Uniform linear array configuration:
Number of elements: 32
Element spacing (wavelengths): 0.25
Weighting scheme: kaiser
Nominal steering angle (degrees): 45
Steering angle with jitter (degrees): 43.415
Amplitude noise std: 0.05
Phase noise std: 0.05

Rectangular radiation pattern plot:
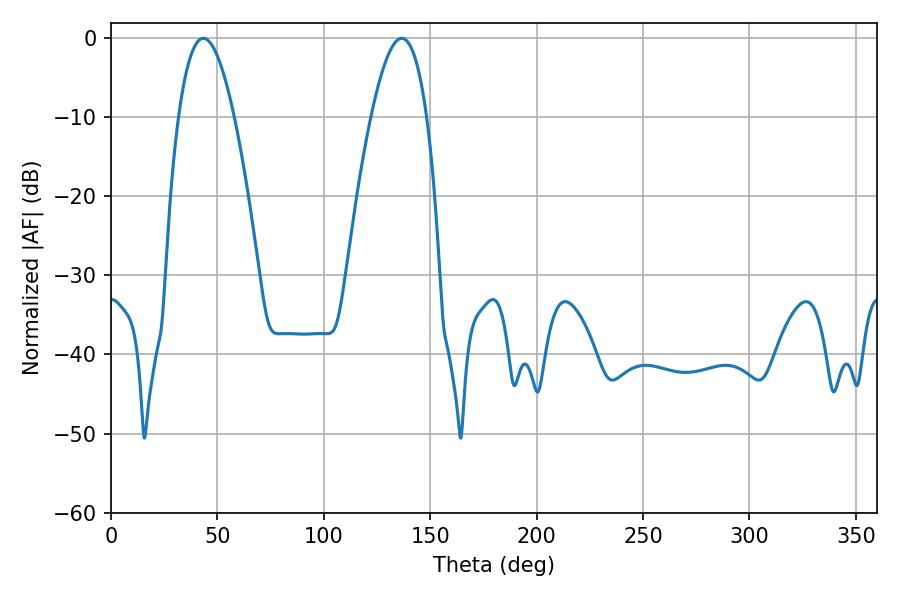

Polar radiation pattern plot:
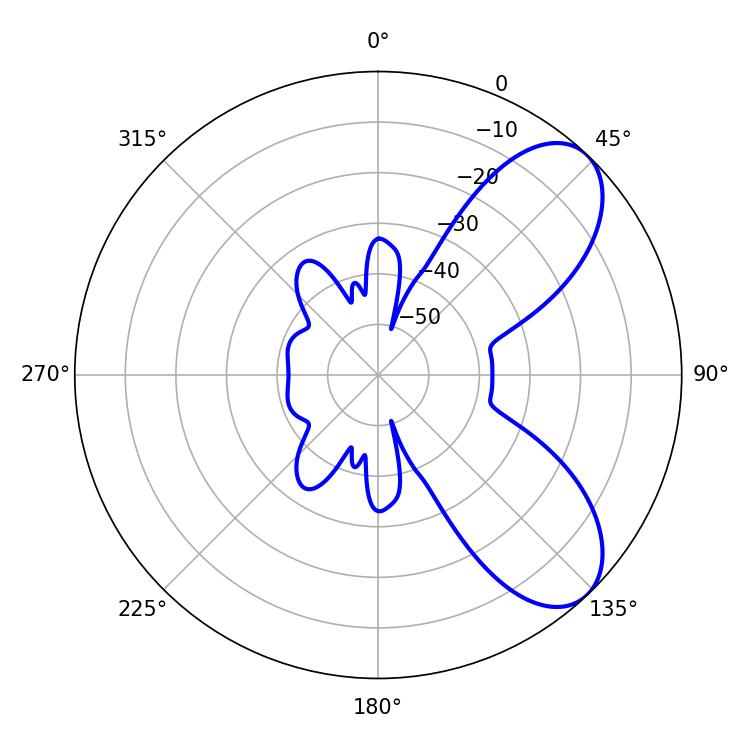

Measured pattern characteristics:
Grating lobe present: FALSE
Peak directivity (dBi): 7.294
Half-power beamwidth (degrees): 14.22
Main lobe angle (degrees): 43.38